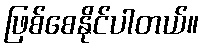
ဖြစ်စေနိုင်ပါတယ်။